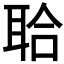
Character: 𦕲